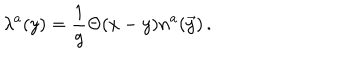
\lambda ^ { a } ( y ) = { \frac { 1 } { g } } \Theta ( x - y ) n ^ { a } ( \vec { y } ) \, .